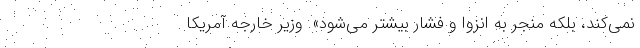
نمی‌کند، بلکه منجر به انزوا و فشار بیشتر می‌شود». وزیر خارجه آمریکا